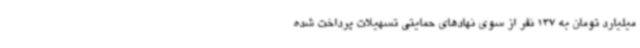
میلیارد تومان به 137 نفر از سوی نهادهای حمایتی تسهیلات پرداخت شده